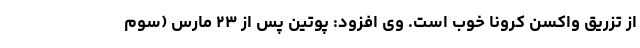
از تزریق واکسن کرونا خوب است. وی افزود: پوتین پس از ۲۳ مارس (سوم